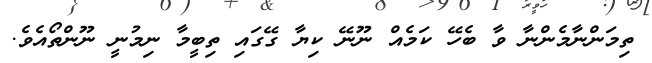
ތިމަންނާމެންނާ ވާ ބެހޭ ކަމެއް ނޫނޭ ކިޔާ ގޭގައި ތިބީމާ ނިމުނީ ނޫންތޯއެވެ.